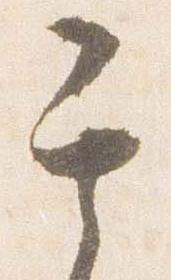
其